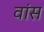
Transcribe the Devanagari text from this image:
वांस